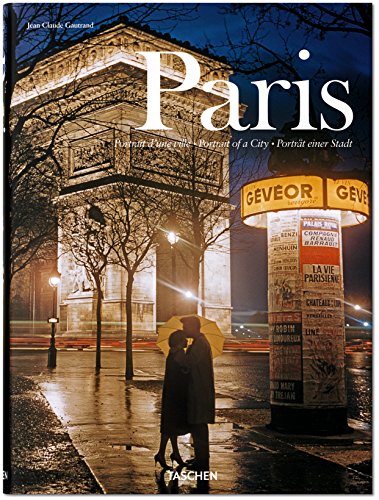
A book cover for Paris: Portrait of a City; Jean-Claude Gautrand; Arts & Photography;